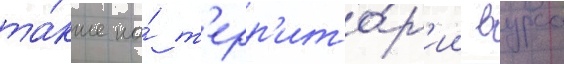
та́кже на́ т'ерр'ито́р'ии вурса